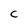
Character: C